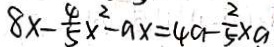
8 x - \frac { 4 } { 5 } x ^ { 2 } - a x = 4 a - \frac { 2 } { 5 } x a